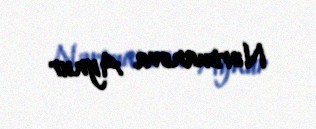
Nərimanova Aynur